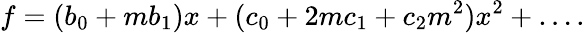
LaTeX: f=(b_{0}+mb_{1})x+(c_{0}+2mc_{1}+c_{2}m^{2})x^{2}+\dots.